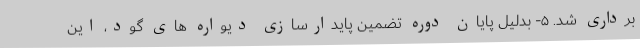
برداری شد. ۵- بدلیل پایان دوره تضمین پایدارسازی دیواره های گود، این